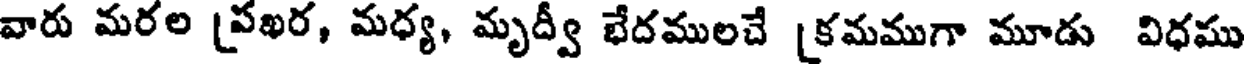
వారు మరల (పఖర, మధ్య, మృద్వీ భేదములచే [కమముగా మూడు విధము